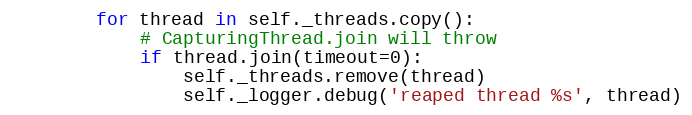
Language: Python
        for thread in self._threads.copy():
            # CapturingThread.join will throw
            if thread.join(timeout=0):
                self._threads.remove(thread)
                self._logger.debug('reaped thread %s', thread)